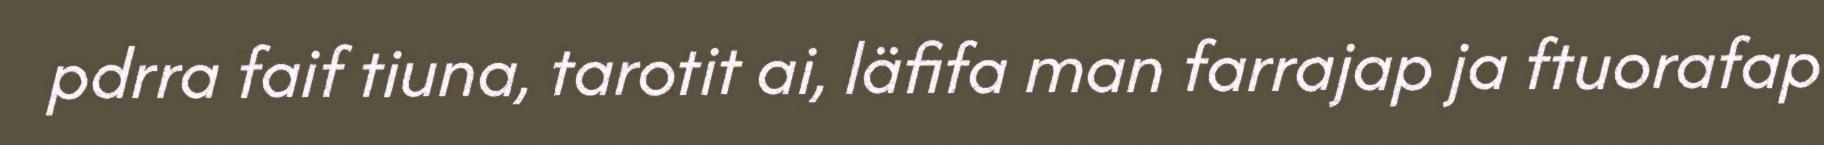
pdrra faif tiuna, tarotit ai, läfifa man farrajap ja ftuorafap